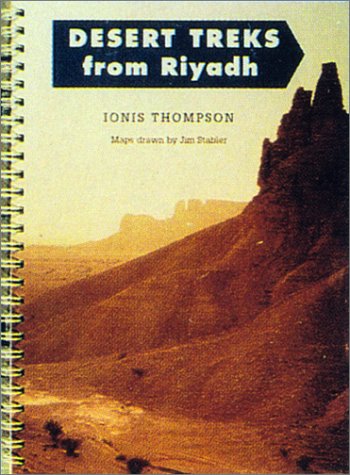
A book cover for Desert Treks from Riyadh; Ionis Thompson; Travel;